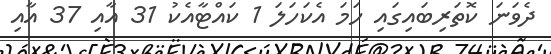
ދެވަނަ ކޮތަރިބައިގައި ހަމަ އެކަހަލަ 1 ކައްޓާއެކު 31 އާއި 37 އާއި